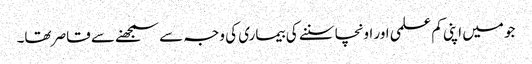
جو میں اپنی کم علمی اور اونچا سننے کی بیماری کی وجہ سے سمجھنے سے قاصر تھا۔